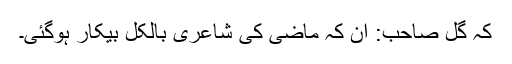
کہ گِل صاحب: ان کہ ماضی کی شاعری بالکل بیکار ہوگئی۔